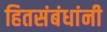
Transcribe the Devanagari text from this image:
हितसंबंधांनी